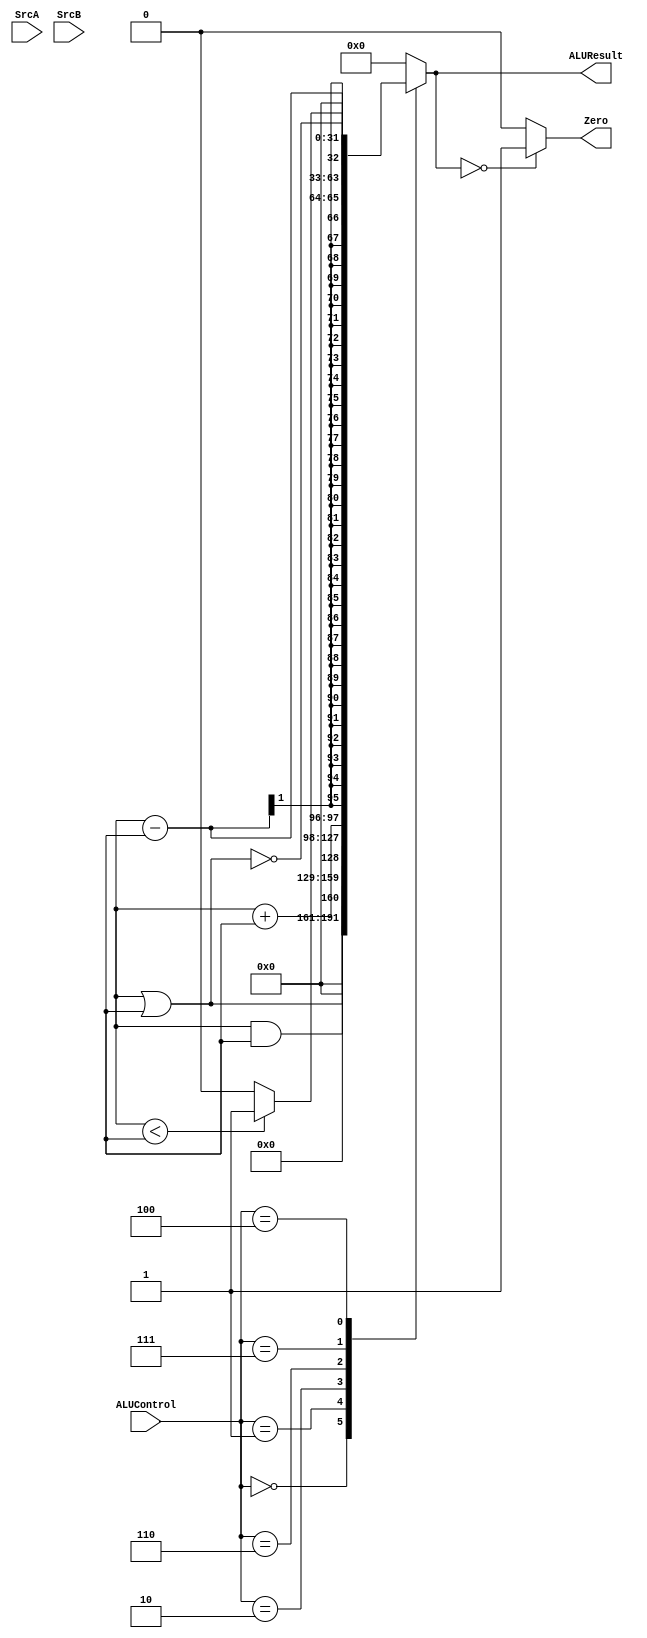
module ALU (
    input wire [31:0] SrcA,          // Operando A
    input wire [31:0] SrcB,          // Operando B
    input wire [2:0] ALUControl,  // Sinal de controle da ALU
    output reg [31:0] ALUResult,  // Resultado da ALU
    output reg Zero               // Sinal Zero
);

    always @(*) begin
        case(ALUControl)
            3'b000: ALUResult = A & B;   // AND
            3'b001: ALUResult = A | B;   // OR
            3'b010: ALUResult = A + B;   // Adição
            3'b110: ALUResult = A - B;   // Subtração
            3'b111: ALUResult = (A < B) ? 32'b1 : 32'b0; // Set on Less Than (SLT)
            3'b100: ALUResult = ~(A | B); // NOR
            default: ALUResult = 32'b0;   // Default para evitar latch
        endcase

        // Sinal Zero é ativado se o resultado da ALU for zero
        Zero = (ALUResult == 32'b0) ? 1'b1 : 1'b0;
    end
endmodule